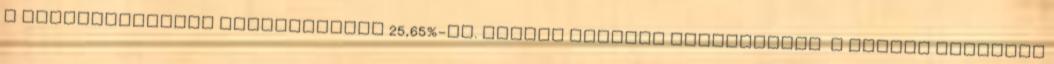
a legalacsonyabb Pusztamiskén 25,65%-os. Pártok szerint szerkesztés A Jobbik Tapolcán